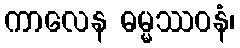
ကာလေန ဓမ္မဿဝနံ၊